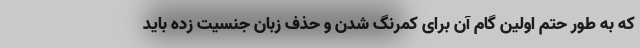
که به طور حتم اولین گام آن برای کمرنگ شدن و حذف زبان جنسیت زده باید